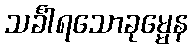
သင်္ခါရသောခုမ္မေန